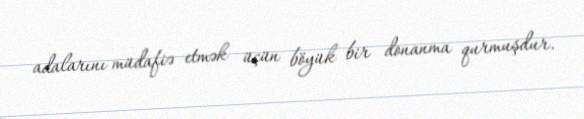
adalarını müdafiə etmək üçün böyük bir donanma qurmuşdur.